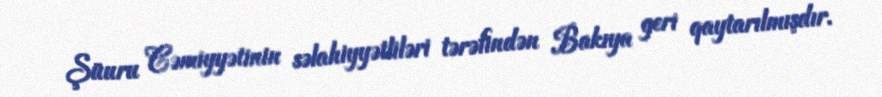
Şüuru Cəmiyyətinin səlahiyyətliləri tərəfindən Bakıya geri qaytarılmışdır.